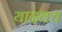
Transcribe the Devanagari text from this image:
यादवच